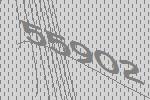
55902